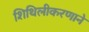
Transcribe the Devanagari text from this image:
शिथिलीकरणाने